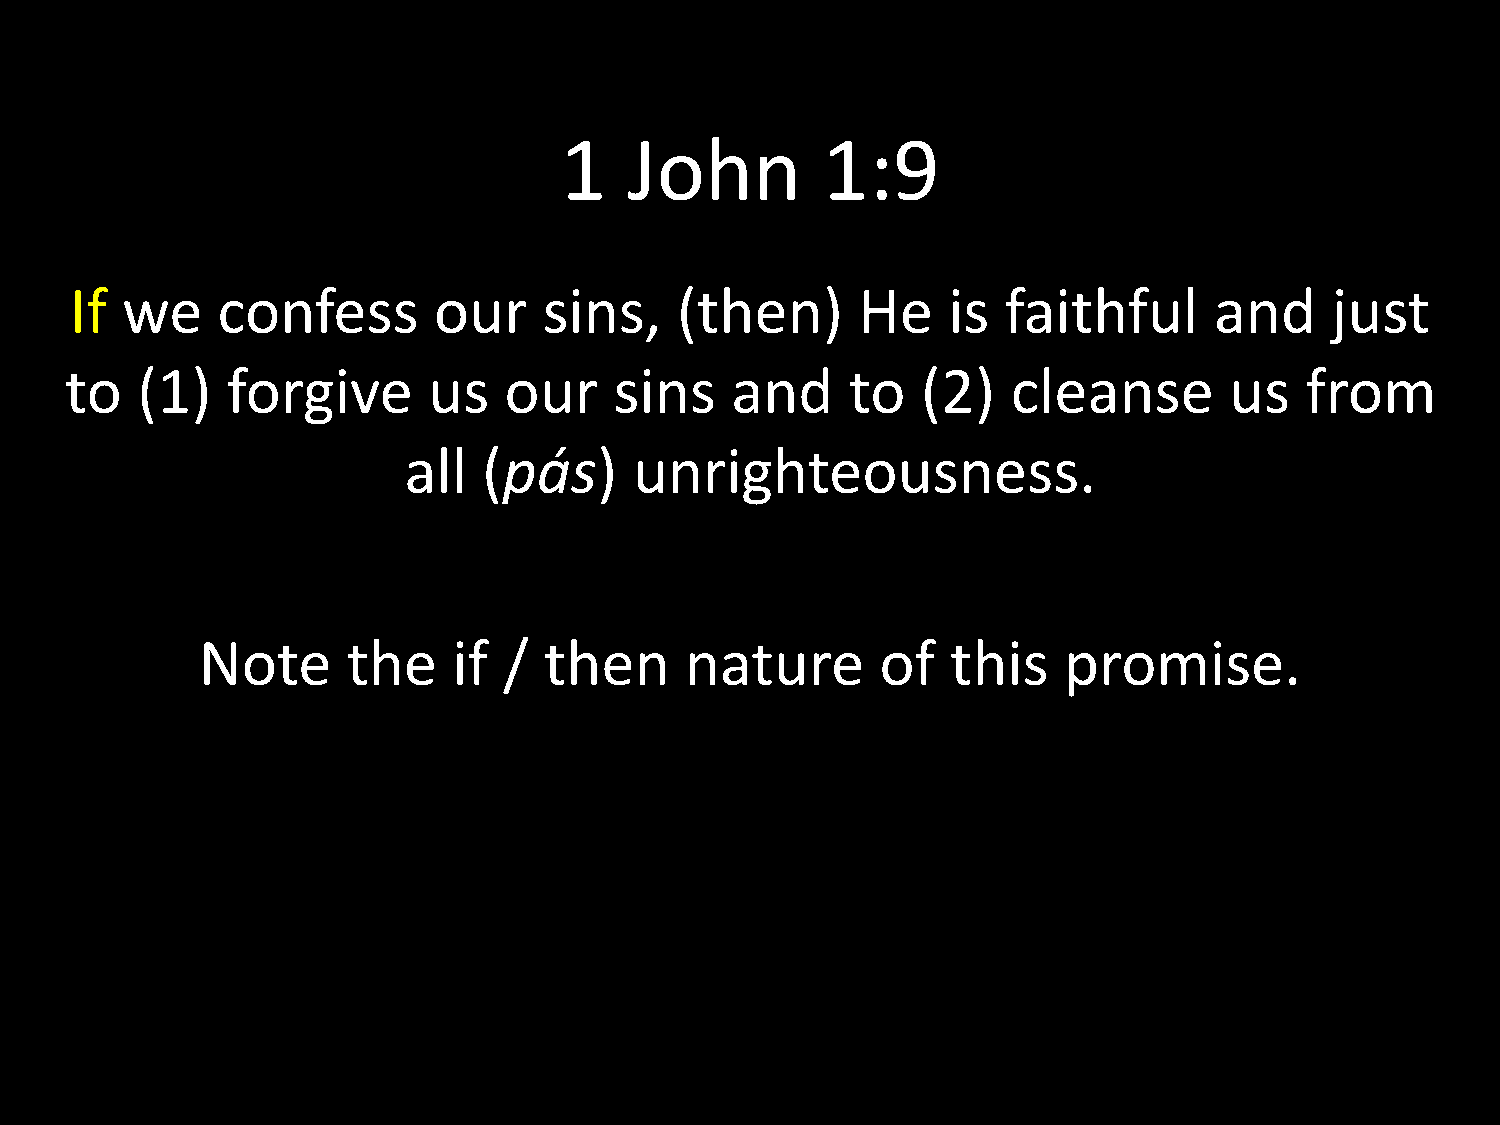
1    John        1:9
 If we    confess        our    sins,    (then)      He    is  faithful     and     just
 to   (1)   forgive      us   our     sins   and     to   (2)   cleanse       us   from
 all  (pás)     unrighteousness.
 Note      the    if /  then     nature       of   this   promise.